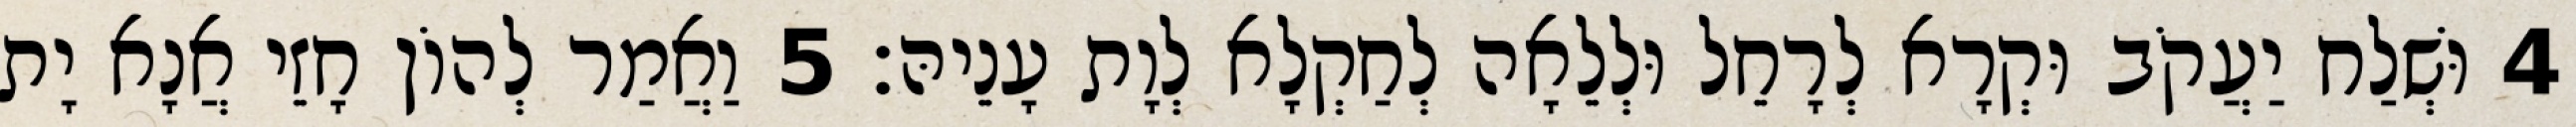
4 וּשְׁלַח יַעֲקֹב וּקְרָא לְרָחֵל וּלְלֵאָה לְחַקְלָא לְוָת עָנֵיהּ׃ 5 וַאֲמַר לְהוֹן חָזֵי אֲנָא יָת